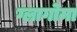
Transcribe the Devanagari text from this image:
ग्लागोमा